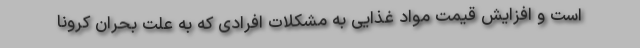
است و افزایش قیمت مواد غذایی به مشکلات افرادی که به علت بحران کرونا